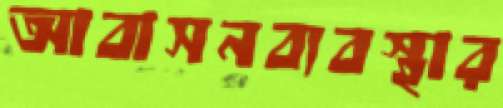
আবাসনব্যবস্থার